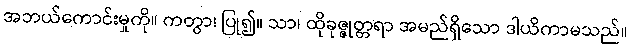
အဘယ်ကောင်းမှုကို။ ကတွာ၊ ပြု၍။ သာ၊ ထိုခုဇ္ဇုတ္တရာ အမည်ရှိသော ဒါယိကာမသည်။